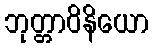
ဘုတ္တာဝိနိယော